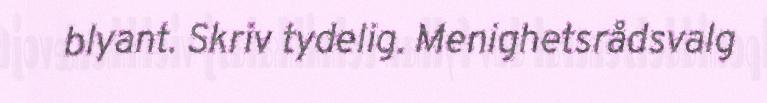
blyant. Skriv tydelig. Menighetsrådsvalg